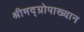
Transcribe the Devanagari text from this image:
श्रीमद्‌ग्रोपाख्यान